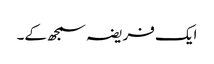
ایک فریضہ سمجھ کے۔